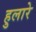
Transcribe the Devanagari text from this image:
हुलारे